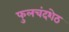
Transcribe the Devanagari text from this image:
फुलचंदशेठ